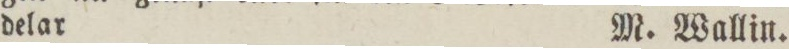
delar    M. Wallin.